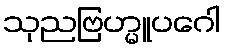
သုညဗြဟ္မူပဂေါ